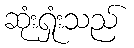
ဆုံးရှုံးသည်